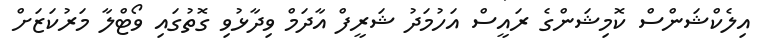
އިލެކްޝަންސް ކޮމިޝަންގެ ރައީސް އަހުމަދު ޝަރީފް އާދަމް ވިދާޅުވި ގޮތުގައި ވޯޓްލާ މަރުކަޒަށް